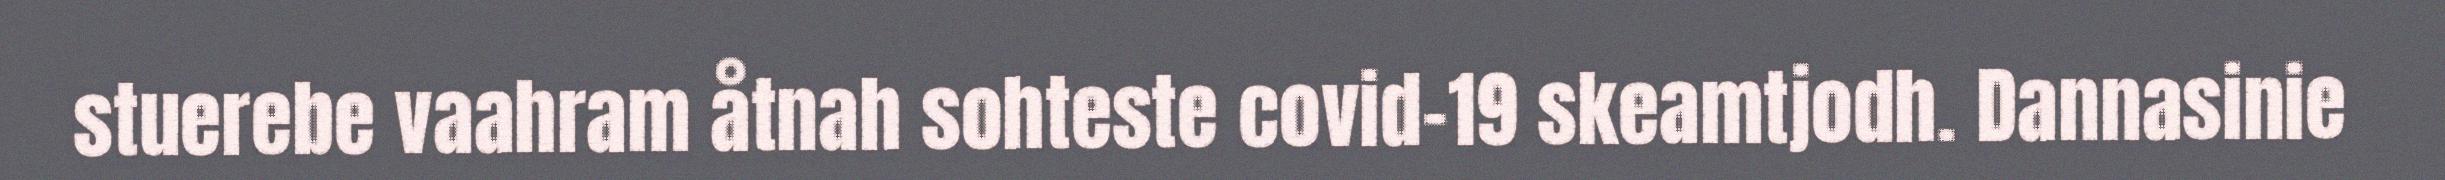
stuerebe vaahram åtnah sohteste covid-19 skeamtjodh. Dannasinie